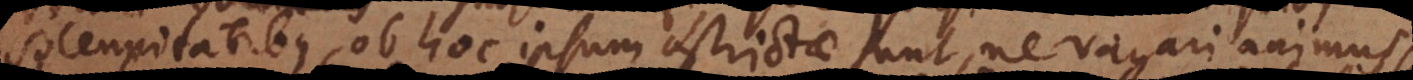
solennitatibus, ob hoc ipsum astrictae sunt, ne vagari animus